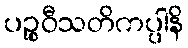
ပဉ္စဝီသတိကပ္ပါနိ